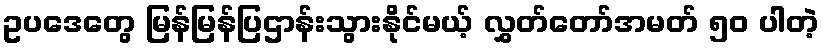
ဥပဒေတွေ မြန်မြန်ပြဌာန်းသွားနိုင်မယ့် လွှတ်တော်အမတ် ၅၀ ပါတဲ့